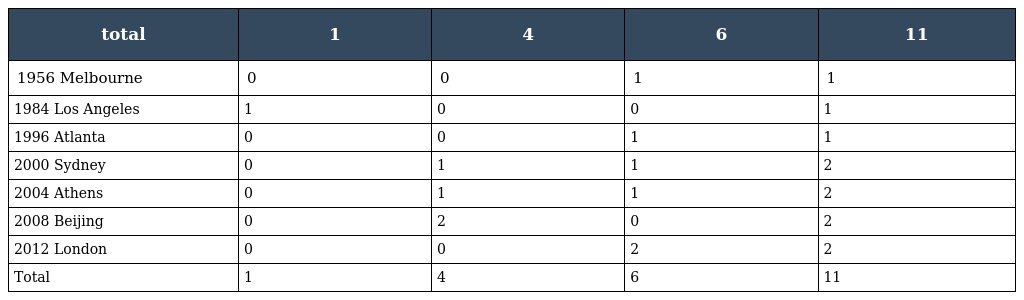
| total | 1 | 4 | 6 | 11 |
 | --- | --- | --- | --- | --- |
 | 1956 Melbourne | 0 | 0 | 1 | 1 |
 | 1984 Los Angeles | 1 | 0 | 0 | 1 |
 | 1996 Atlanta | 0 | 0 | 1 | 1 |
 | 2000 Sydney | 0 | 1 | 1 | 2 |
 | 2004 Athens | 0 | 1 | 1 | 2 |
 | 2008 Beijing | 0 | 2 | 0 | 2 |
 | 2012 London | 0 | 0 | 2 | 2 |
 | Total | 1 | 4 | 6 | 11 |